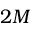
2 M